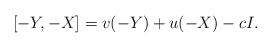
\begin{align*}[-Y,-X] = v(-Y) +u(-X)- cI.\end{align*}